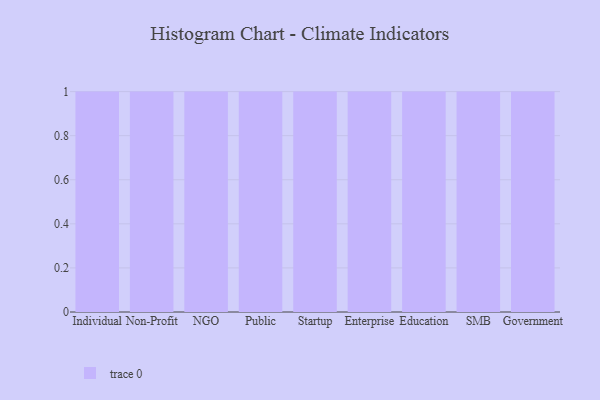
{"axis": {"x": "Segment", "y": "Bounce Rate (%)"}, "legend": [""], "data": [{"x": "Individual", "y": 51, "type": ""}, {"x": "Non-Profit", "y": 5, "type": ""}, {"x": "NGO", "y": 12, "type": ""}, {"x": "Public", "y": 20, "type": ""}, {"x": "Startup", "y": 70, "type": ""}, {"x": "Enterprise", "y": 45, "type": ""}, {"x": "Education", "y": 33, "type": ""}, {"x": "SMB", "y": 43, "type": ""}, {"x": "Government", "y": 95, "type": ""}]}